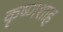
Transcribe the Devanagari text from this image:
कृष्णशाह